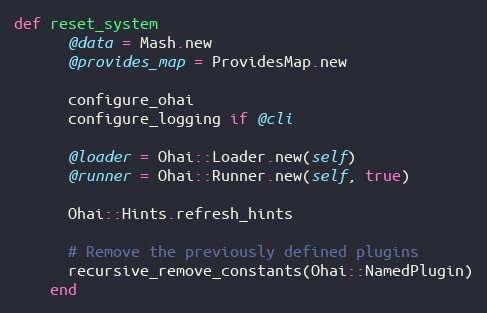
Language: Ruby
def reset_system
      @data = Mash.new
      @provides_map = ProvidesMap.new

      configure_ohai
      configure_logging if @cli

      @loader = Ohai::Loader.new(self)
      @runner = Ohai::Runner.new(self, true)

      Ohai::Hints.refresh_hints

      # Remove the previously defined plugins
      recursive_remove_constants(Ohai::NamedPlugin)
    end